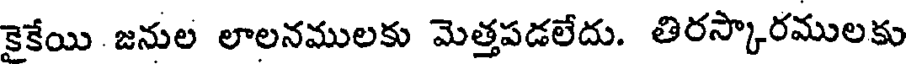
కైకేయి జనుల లాలనములకు మెత్తపడలేదు. తిరస్కారములకు